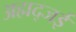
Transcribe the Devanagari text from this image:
अह्मद्जई